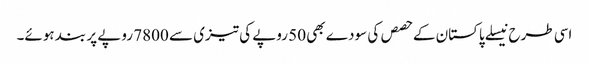
اسی طرح نیسلے پاکستان کے حصص کی سودے بھی 50 روپے کی تیزی سے 7800 روپے پر بند ہوئے۔